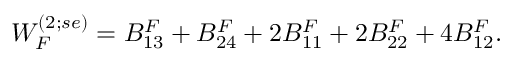
{ \cal W } _ { F } ^ { ( 2 ; s e ) } = B _ { 1 3 } ^ { F } + B _ { 2 4 } ^ { F } + 2 B _ { 1 1 } ^ { F } + 2 B _ { 2 2 } ^ { F } + 4 B _ { 1 2 } ^ { F } .